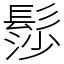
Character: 髿